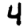
Digit: 4